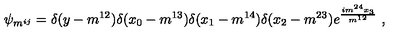
\psi _ { m ^ { i j } } = \delta ( y - m ^ { 1 2 } ) \delta ( x _ { 0 } - m ^ { 1 3 } ) \delta ( x _ { 1 } - m ^ { 1 4 } ) \delta ( x _ { 2 } - m ^ { 2 3 } ) e ^ { \frac { i m ^ { 2 4 } x _ { 3 } } { m ^ { 1 2 } } } \ ,